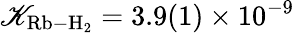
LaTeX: \mathscr{K}_{\mathrm{{Rb-H}}_{2}}=3.9(1)\times10^{-9}